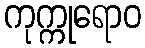
ကုက္ကုရောဝ